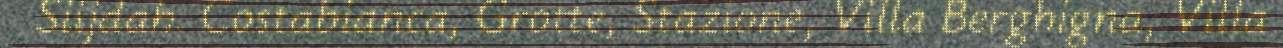
Siijdah. Costabianca, Grotte, Stazione, Villa Berghigna, Villa